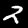
Label: 2